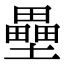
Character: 壘